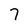
Character: 7